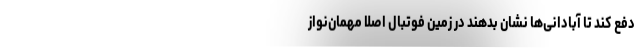
دفع کند تا آبادانی‌ها نشان بدهند در زمین فوتبال اصلاً مهمان‌نواز